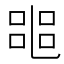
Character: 𠻌